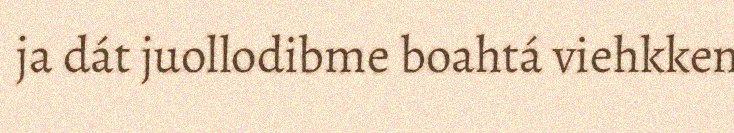
ja dát juollodibme boahtá viehkken